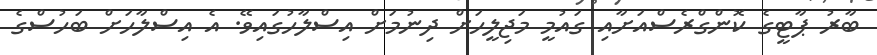
ބާރު ޕާޓީގެ ކޮންގްރެސްއަށާއި ގައުމީ މަޖިލީހަށް ދިނުމަށް އިސްލާހުގައިވޭ. އެ އިސްލާހަށް ބަހުސްގެ